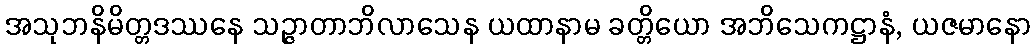
အသုဘနိမိတ္တဒဿနေ သဉ္ဇာတာဘိလာသေန ယထာနာမ ခတ္တိယော အဘိသေကဋ္ဌာနံ, ယဇမာနော